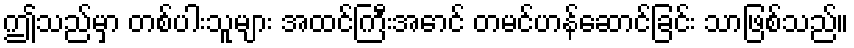
ဤသည်မှာ တစ်ပါးသူများ အထင်ကြီးအောင် တမင်ဟန်ဆောင်ခြင်း သာဖြစ်သည်။